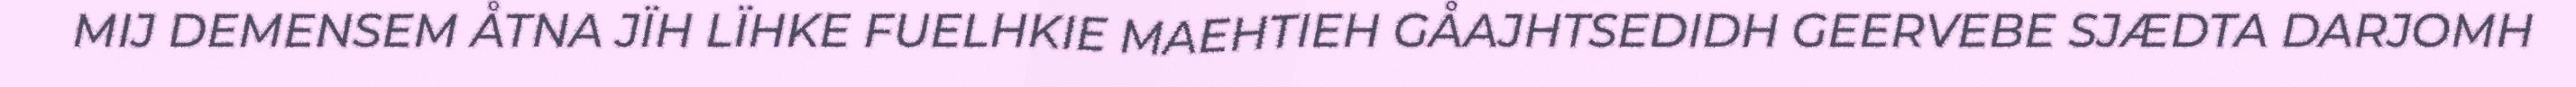
MIJ DEMENSEM ÅTNA JÏH LÏHKE FUELHKIE MAEHTIEH GÅAJHTSEDIDH GEERVEBE SJÆDTA DARJOMH